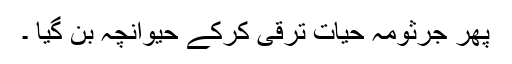
پھر جرثومہ حیات ترقی کرکے حیوانچہ بن گیا ۔